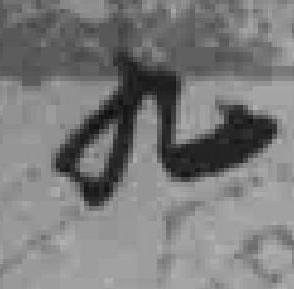
九